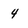
Character: 4